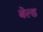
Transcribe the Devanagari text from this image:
बेल्ड